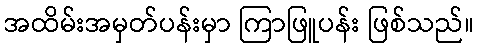
အထိမ်းအမှတ်ပန်းမှာ ကြာဖြူပန်း ဖြစ်သည်။